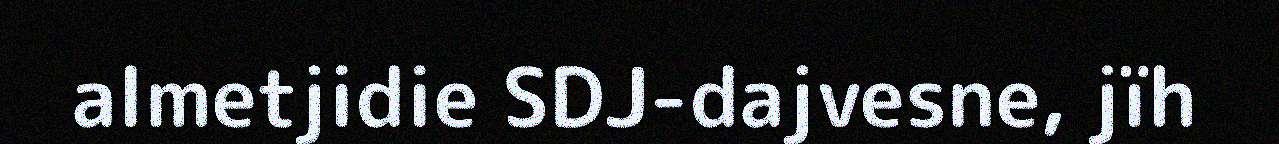
almetjidie SDJ-dajvesne, jïh